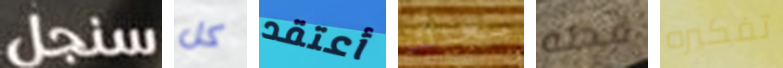
سنجل كل أعتقد بعدك قطه تفكيره